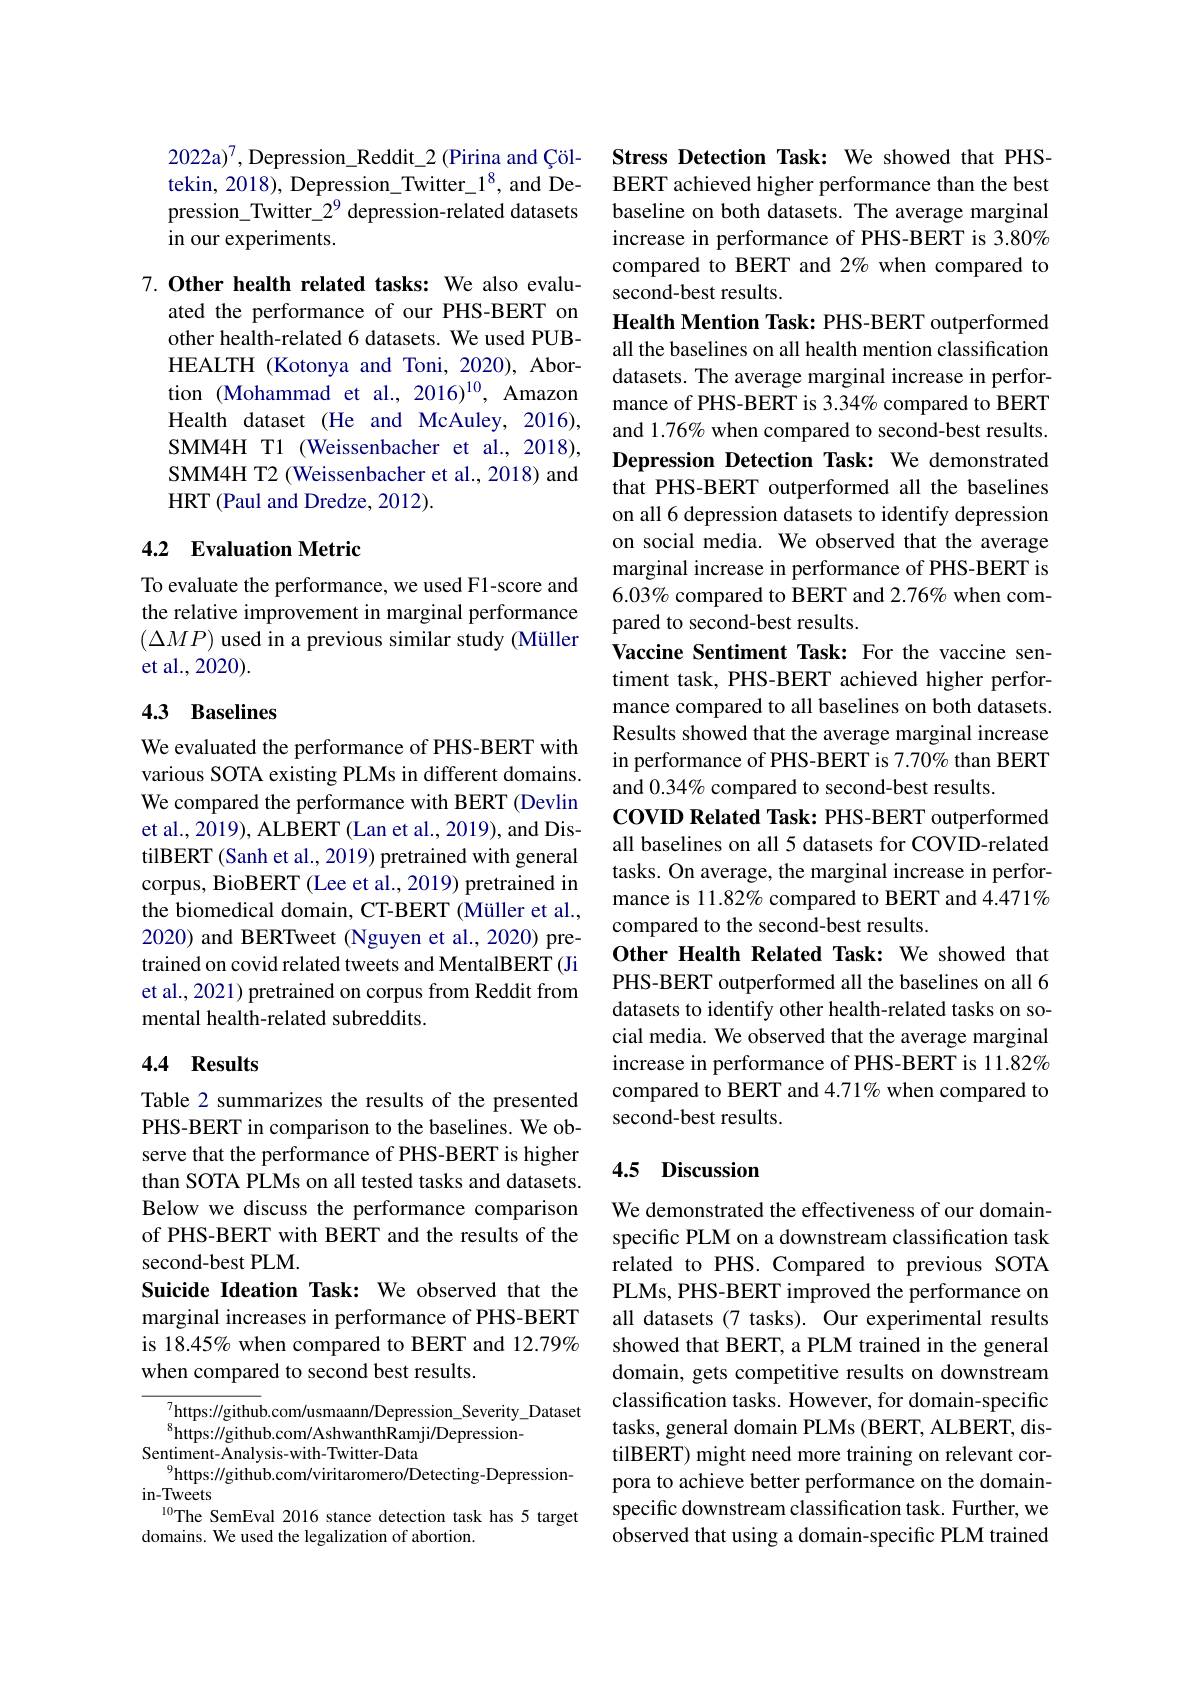
2022a)$^{7}$, Depression\_Reddit\_2 (Pirina and Çöltekin, 2018), Depression\_Twitter\_1$^{8}$, and De- $pression\_Twitter\_2^9 depression-related datasets$ in our experiments.

7.Other health related tasks: We also evalu-
ated the performance of our PHS-BERT on other health-related 6 datasets. We used PUBHEALTH (Kotonya and Toni, 2020), Abortion (Mohammad et al., 2016)$^{10}$, Amazon Health dataset (He and McAuley, 2016), SMM4H T1 (Weissenbacher et al.,2018), SMM4H T2 (Weissenbacher et al., 2018) and HRT (Paul and Dredze, 2012).

### 4.2 Evaluation Metric

To evaluate the performance, we used F1-score and the relative improvement in marginal performance $(\Delta MP)$ used in a previous similar study (Müller et al., 2020).

## 4.3 Baselines

We evaluated the performance of PHS-BERT with various SOTA existing PLMs in different domains. We compared the performance with BERT (Devlin et al., 2019), ALBERT (Lan et al., 2019), and DistilBERT (Sanh et al., 2019) pretrained with general corpus, BioBERT (Lee et al., 2019) pretrained in the biomedical domain, CT-BERT (Müller et al., 2020) and BERTweet (Nguyen et al., 2020) pretrained on covid related tweets and MentalBERT (Ji et al., 2021) pretrained on corpus from Reddit from mental health-related subreddits.

### 4.4 Results

Table 2 summarizes the results of the presented PHS-BERT in comparison to the baselines. We observe that the performance of PHS-BERT is higher than SOTA PLMs on all tested tasks and datasets. Below we discuss the performance comparison of PHS-BERT with BERT and the results of the second-best PLM.
Suicide Ideation Task: We observed that the marginal increases in performance of PHS-BERT is 18.45% when compared to BERT and 12.79% when compared to second best results.

${\sqrt{7}}$https://github.com/usmaann/Depression\_Severity\_Dataset
$^{8}$https://github.com/AshwanthRamji/Depression-
Sentiment-Analysis-with-Twitter-Data
$^{9}$https://github.com/viritaromero/Detecting-Depression-
in- Tweets
$^{10}$The SemEval 2016 stance detection task has 5 target
domains. We used the legalization of abortion.

Stress Detection Task: We showed that PHSBERT achieved higher performance than the best baseline on both datasets. The average marginal increase in performance of PHS-BERT is 3.80% compared to BERT and 2% when compared to second-best results.
Health Mention Task: PHS-BERT outperformed all the baselines on all health mention classification datasets. The average marginal increase in performance of PHS-BERT is 3.34% compared to BERT and 1.76% when compared to second-best results. Depression Detection Task: We demonstrated that PHS-BERT outperformed all the baselines on all 6 depression datasets to identify depression on social media. We observed that the average marginal increase in performance of PHS-BERT is $6.03\%$ compared to BERT and 2.76% when compared to second-best results.
Vaccine Sentiment Task: For the vaccine sentiment task, PHS-BERT achieved higher performance compared to all baselines on both datasets. Results showed that the average marginal increase in performance of PHS-BERT is 7.70% than BERT and 0.34% compared to second-best results.
COVID Related Task: PHS-BERT outperformed all baselines on all 5 datasets for COVID-related tasks. On average, the marginal increase in performance is 11.82% compared to BERT and 4.471% compared to the second-best results.
Other Health Related Task: We showed that PHS-BERT outperformed all the baselines on all 6 datasets to identify other health-related tasks on social media. We observed that the average marginal increase in performance of PHS-BERT is 11.82% compared to BERT and 4.71% when compared to second-best results.

## 4.5 Discussion

We demonstrated the effectiveness of our domainspecific PLM on a downstream classification task related to PHS. Compared to previous SOTA PLMs, PHS-BERT improved the performance on all datasets (7 tasks). Our experimental results showed that BERT, a PLM trained in the general domain, gets competitive results on downstream classification tasks. However, for domain-specific tasks, general domain PLMs (BERT, ALBERT, distilBERT) might need more training on relevant corpora to achieve better performance on the domainspecific downstream classification task. Further, we observed that using a domain-specific PLM trained